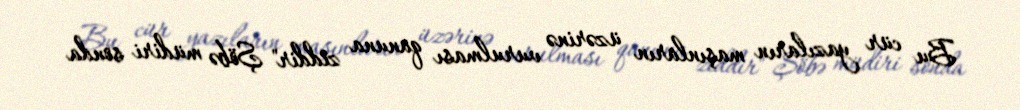
Bu cür yazıların maşınların üzərinə vurulması qanuna ziddir" Şöbə müdiri sonda